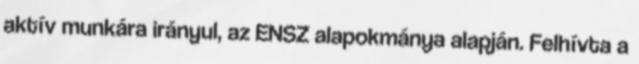
aktív munkára irányul, az ENSZ alapokmánya alapján. Felhívta a